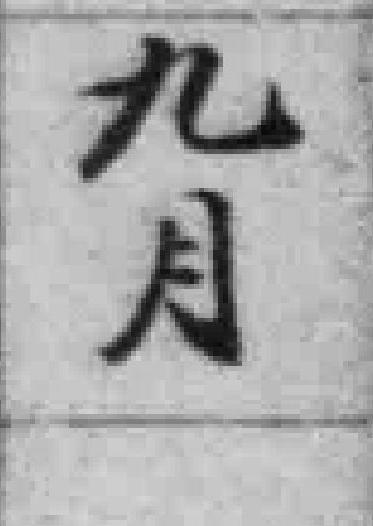
九月